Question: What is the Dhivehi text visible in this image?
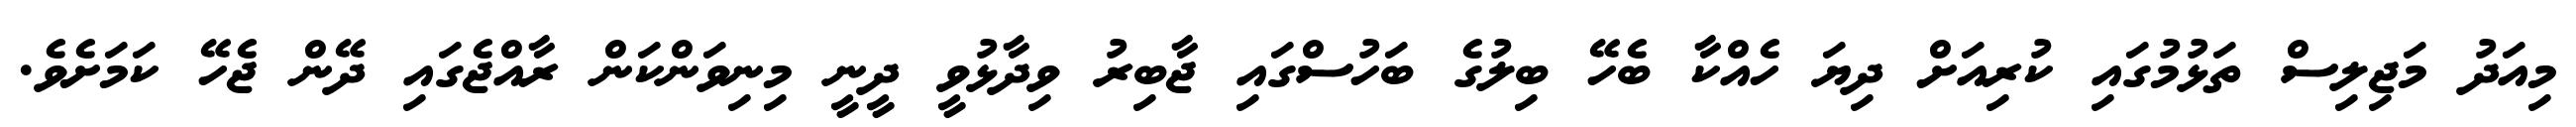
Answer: މިއަދު މަޖިލިސް ތަޅުމުގައި ކުރިއަށް ދިޔަ ހެއްކާ ބެހޭ ބިލުގެ ބަހުސްގައި ޖާބިރު ވިދާޅުވީ ދީނީ މިނިވަންކަން ރާއްޖެގައި ދޭން ޖެހޭ ކަމަށެވެ.